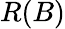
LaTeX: R(B)